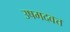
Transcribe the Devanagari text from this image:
उषमदवत्त